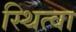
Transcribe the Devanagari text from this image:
स्थित्वा